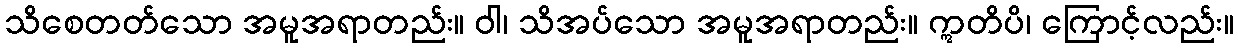
သိစေတတ်သော အမူအရာတည်း။ ဝါ၊ သိအပ်သော အမူအရာတည်း။ ဣတိပိ၊ ကြောင့်လည်း။